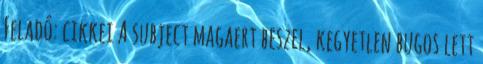
Feladó: cikkei A subject magaert beszel, kegyetlen bugos lett